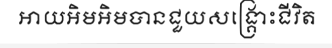
អាយអិមអិមបានជួយសង្គ្រោះជីវិត